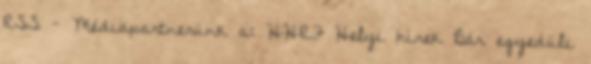
RSS - Médiapartnerünk a: HHRF Helyi hírek Bár egyedüli